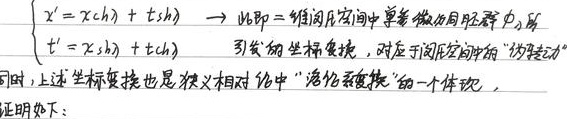
\[\begin{cases}x^{\prime}=x\text{ch}\lambda + t\text{sh}\lambda\\t^{\prime}=x\text{sh}\lambda + t\text{ch}\lambda\end{cases}\]
$\to$ 此即二维闵氏空间中单参微分同胚群$\phi_{\lambda}$所引发的坐标变换，对应于闵氏空间的“伪转动”。同时，上述坐标变换也是狭义相对论中“洛伦兹变换”的一个体现，证明如下：